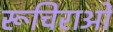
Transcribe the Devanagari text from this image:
रूचिराओं